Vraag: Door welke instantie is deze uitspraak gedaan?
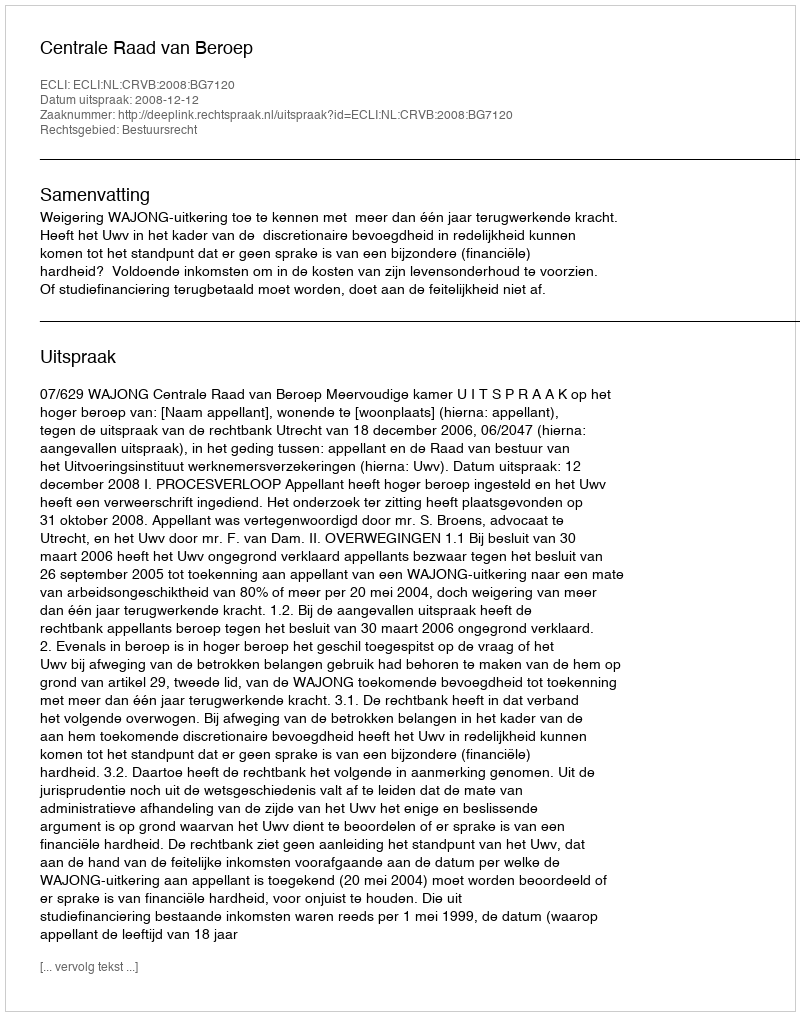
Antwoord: Centrale Raad van Beroep